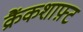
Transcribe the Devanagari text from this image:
क्रैंकशाफ़्ट